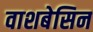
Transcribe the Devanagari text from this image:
वाशबेसिन